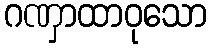
ဂဏှာထာဝုသော